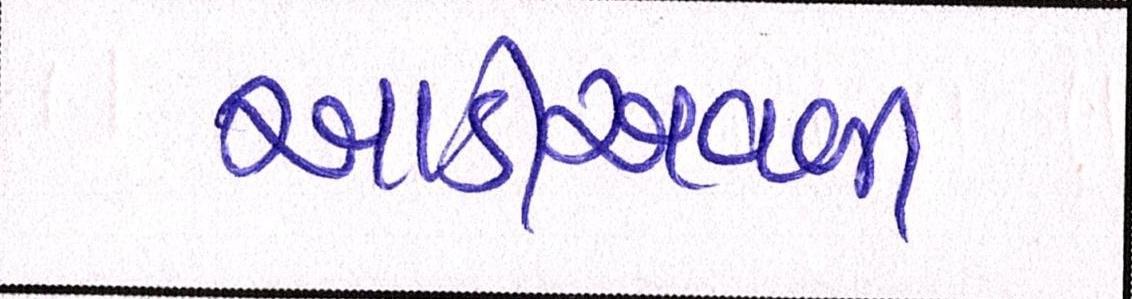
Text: આડીઅવળી